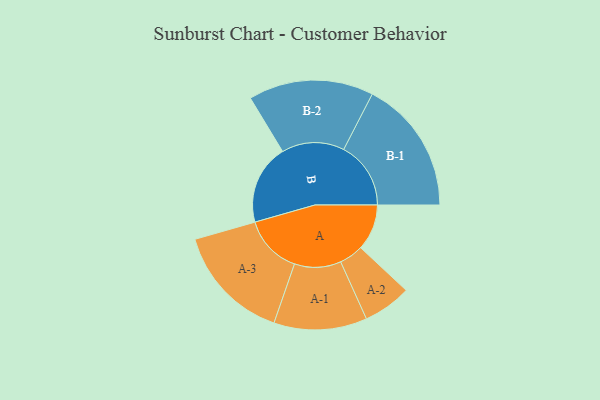
{"axis": {"x": "Segment", "y": "Value"}, "legend": ["", "A", "B"], "data": [{"x": "A", "y": 204, "type": ""}, {"x": "B", "y": 354, "type": ""}, {"x": "A-1", "y": 206, "type": "A"}, {"x": "A-2", "y": 107, "type": "A"}, {"x": "A-3", "y": 260, "type": "A"}, {"x": "B-1", "y": 297, "type": "B"}, {"x": "B-2", "y": 277, "type": "B"}]}